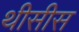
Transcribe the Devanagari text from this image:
थीसीस